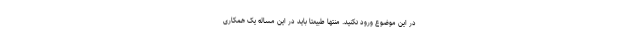
در این موضوع ورود نکنید. منتها طبیعتاً باید در این مساله یک همکاری